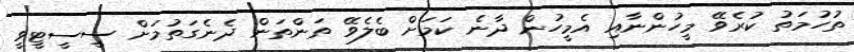
ތުހުމަތު ކުރެވޭ މީހުންނާއި އެމީހުން ދާނެ ކަމަށް ބެލެވޭ ތަންތަން ދެނެގަތުމަށް ސީސީޓީވީ